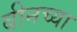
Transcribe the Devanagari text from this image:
बीनच्या